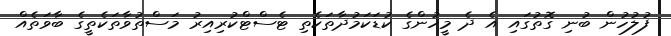
ފުލުހުން ބުނި ގޮތުގައި އެ ދެ މީހުންގެ ކުޑަކަމުދާތަކެތި ޓެސްޓްކުރިއިރު މަސްތުވާތަކެތީގެ ބާވަތެއް